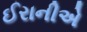
ઈરાનીએ